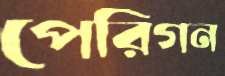
পেরিগন